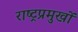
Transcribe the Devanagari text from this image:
राष्ट्रप्रमुखों